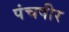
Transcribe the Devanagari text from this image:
पंचपीर